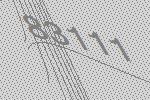
83111